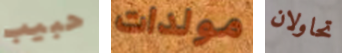
حبيب مولدات تحاولان